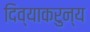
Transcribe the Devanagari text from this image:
दिव्याकरुन्य